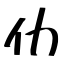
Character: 仂